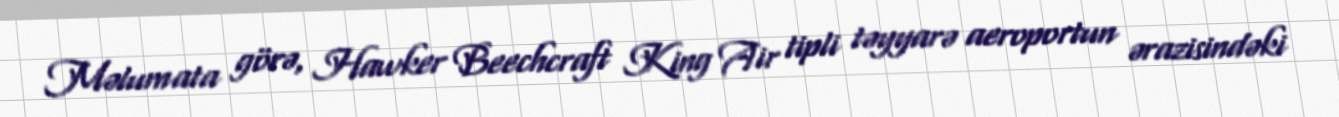
Məlumata görə, Hawker Beechcraft King Air tipli təyyarə aeroportun ərazisindəki